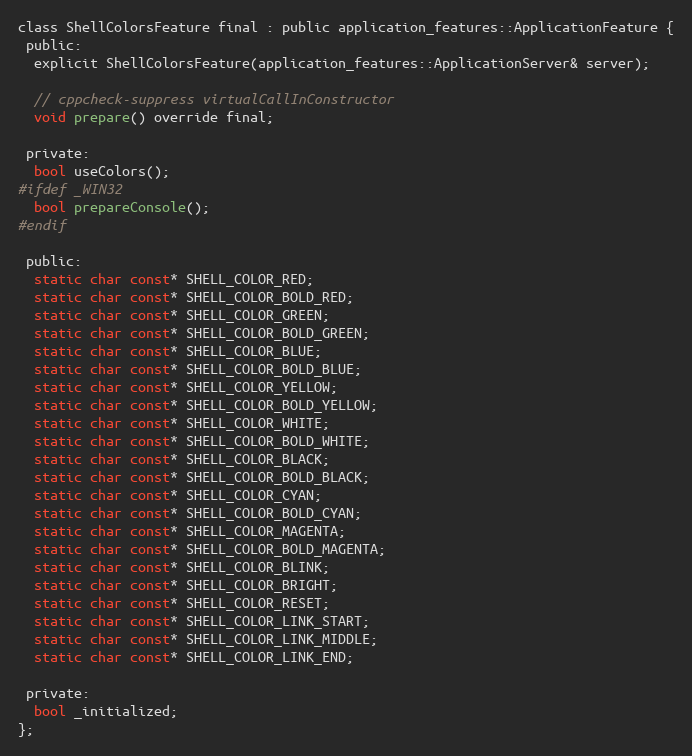
Language: C
class ShellColorsFeature final : public application_features::ApplicationFeature {
 public:
  explicit ShellColorsFeature(application_features::ApplicationServer& server);

  // cppcheck-suppress virtualCallInConstructor
  void prepare() override final;

 private:
  bool useColors();
#ifdef _WIN32
  bool prepareConsole();
#endif

 public:
  static char const* SHELL_COLOR_RED;
  static char const* SHELL_COLOR_BOLD_RED;
  static char const* SHELL_COLOR_GREEN;
  static char const* SHELL_COLOR_BOLD_GREEN;
  static char const* SHELL_COLOR_BLUE;
  static char const* SHELL_COLOR_BOLD_BLUE;
  static char const* SHELL_COLOR_YELLOW;
  static char const* SHELL_COLOR_BOLD_YELLOW;
  static char const* SHELL_COLOR_WHITE;
  static char const* SHELL_COLOR_BOLD_WHITE;
  static char const* SHELL_COLOR_BLACK;
  static char const* SHELL_COLOR_BOLD_BLACK;
  static char const* SHELL_COLOR_CYAN;
  static char const* SHELL_COLOR_BOLD_CYAN;
  static char const* SHELL_COLOR_MAGENTA;
  static char const* SHELL_COLOR_BOLD_MAGENTA;
  static char const* SHELL_COLOR_BLINK;
  static char const* SHELL_COLOR_BRIGHT;
  static char const* SHELL_COLOR_RESET;
  static char const* SHELL_COLOR_LINK_START;
  static char const* SHELL_COLOR_LINK_MIDDLE;
  static char const* SHELL_COLOR_LINK_END;

 private:
  bool _initialized;
};